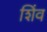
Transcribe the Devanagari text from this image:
शिंव